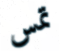
تمس